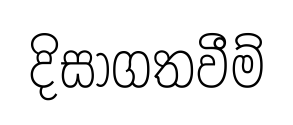
දිසාගතවීම්